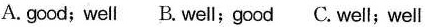
A.good; well B.Well;good C.Well;well